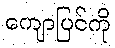
ကျောပြင်ကို